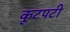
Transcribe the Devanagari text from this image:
कूटपटी